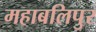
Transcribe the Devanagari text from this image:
महाबलिपुर